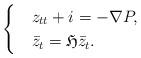
LaTeX: \begin{align*}\begin{cases}& z_{tt}+i=-\nabla P,\\&\bar{z}_t=\mathfrak{H}\bar{z}_t.\end{cases}\end{align*}